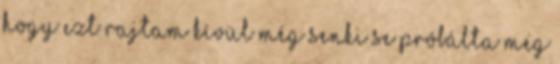
hogy ezt rajtam kívül még senki se próbálta meg